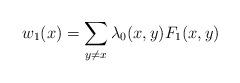
LaTeX: \begin{align*}w_1(x)=\sum_{y\neq x}\lambda_0(x,y)F_1(x,y)\end{align*}